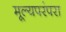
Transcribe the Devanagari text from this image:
मूल्यपरंपरा